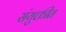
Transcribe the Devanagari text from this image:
संयुक्तीत